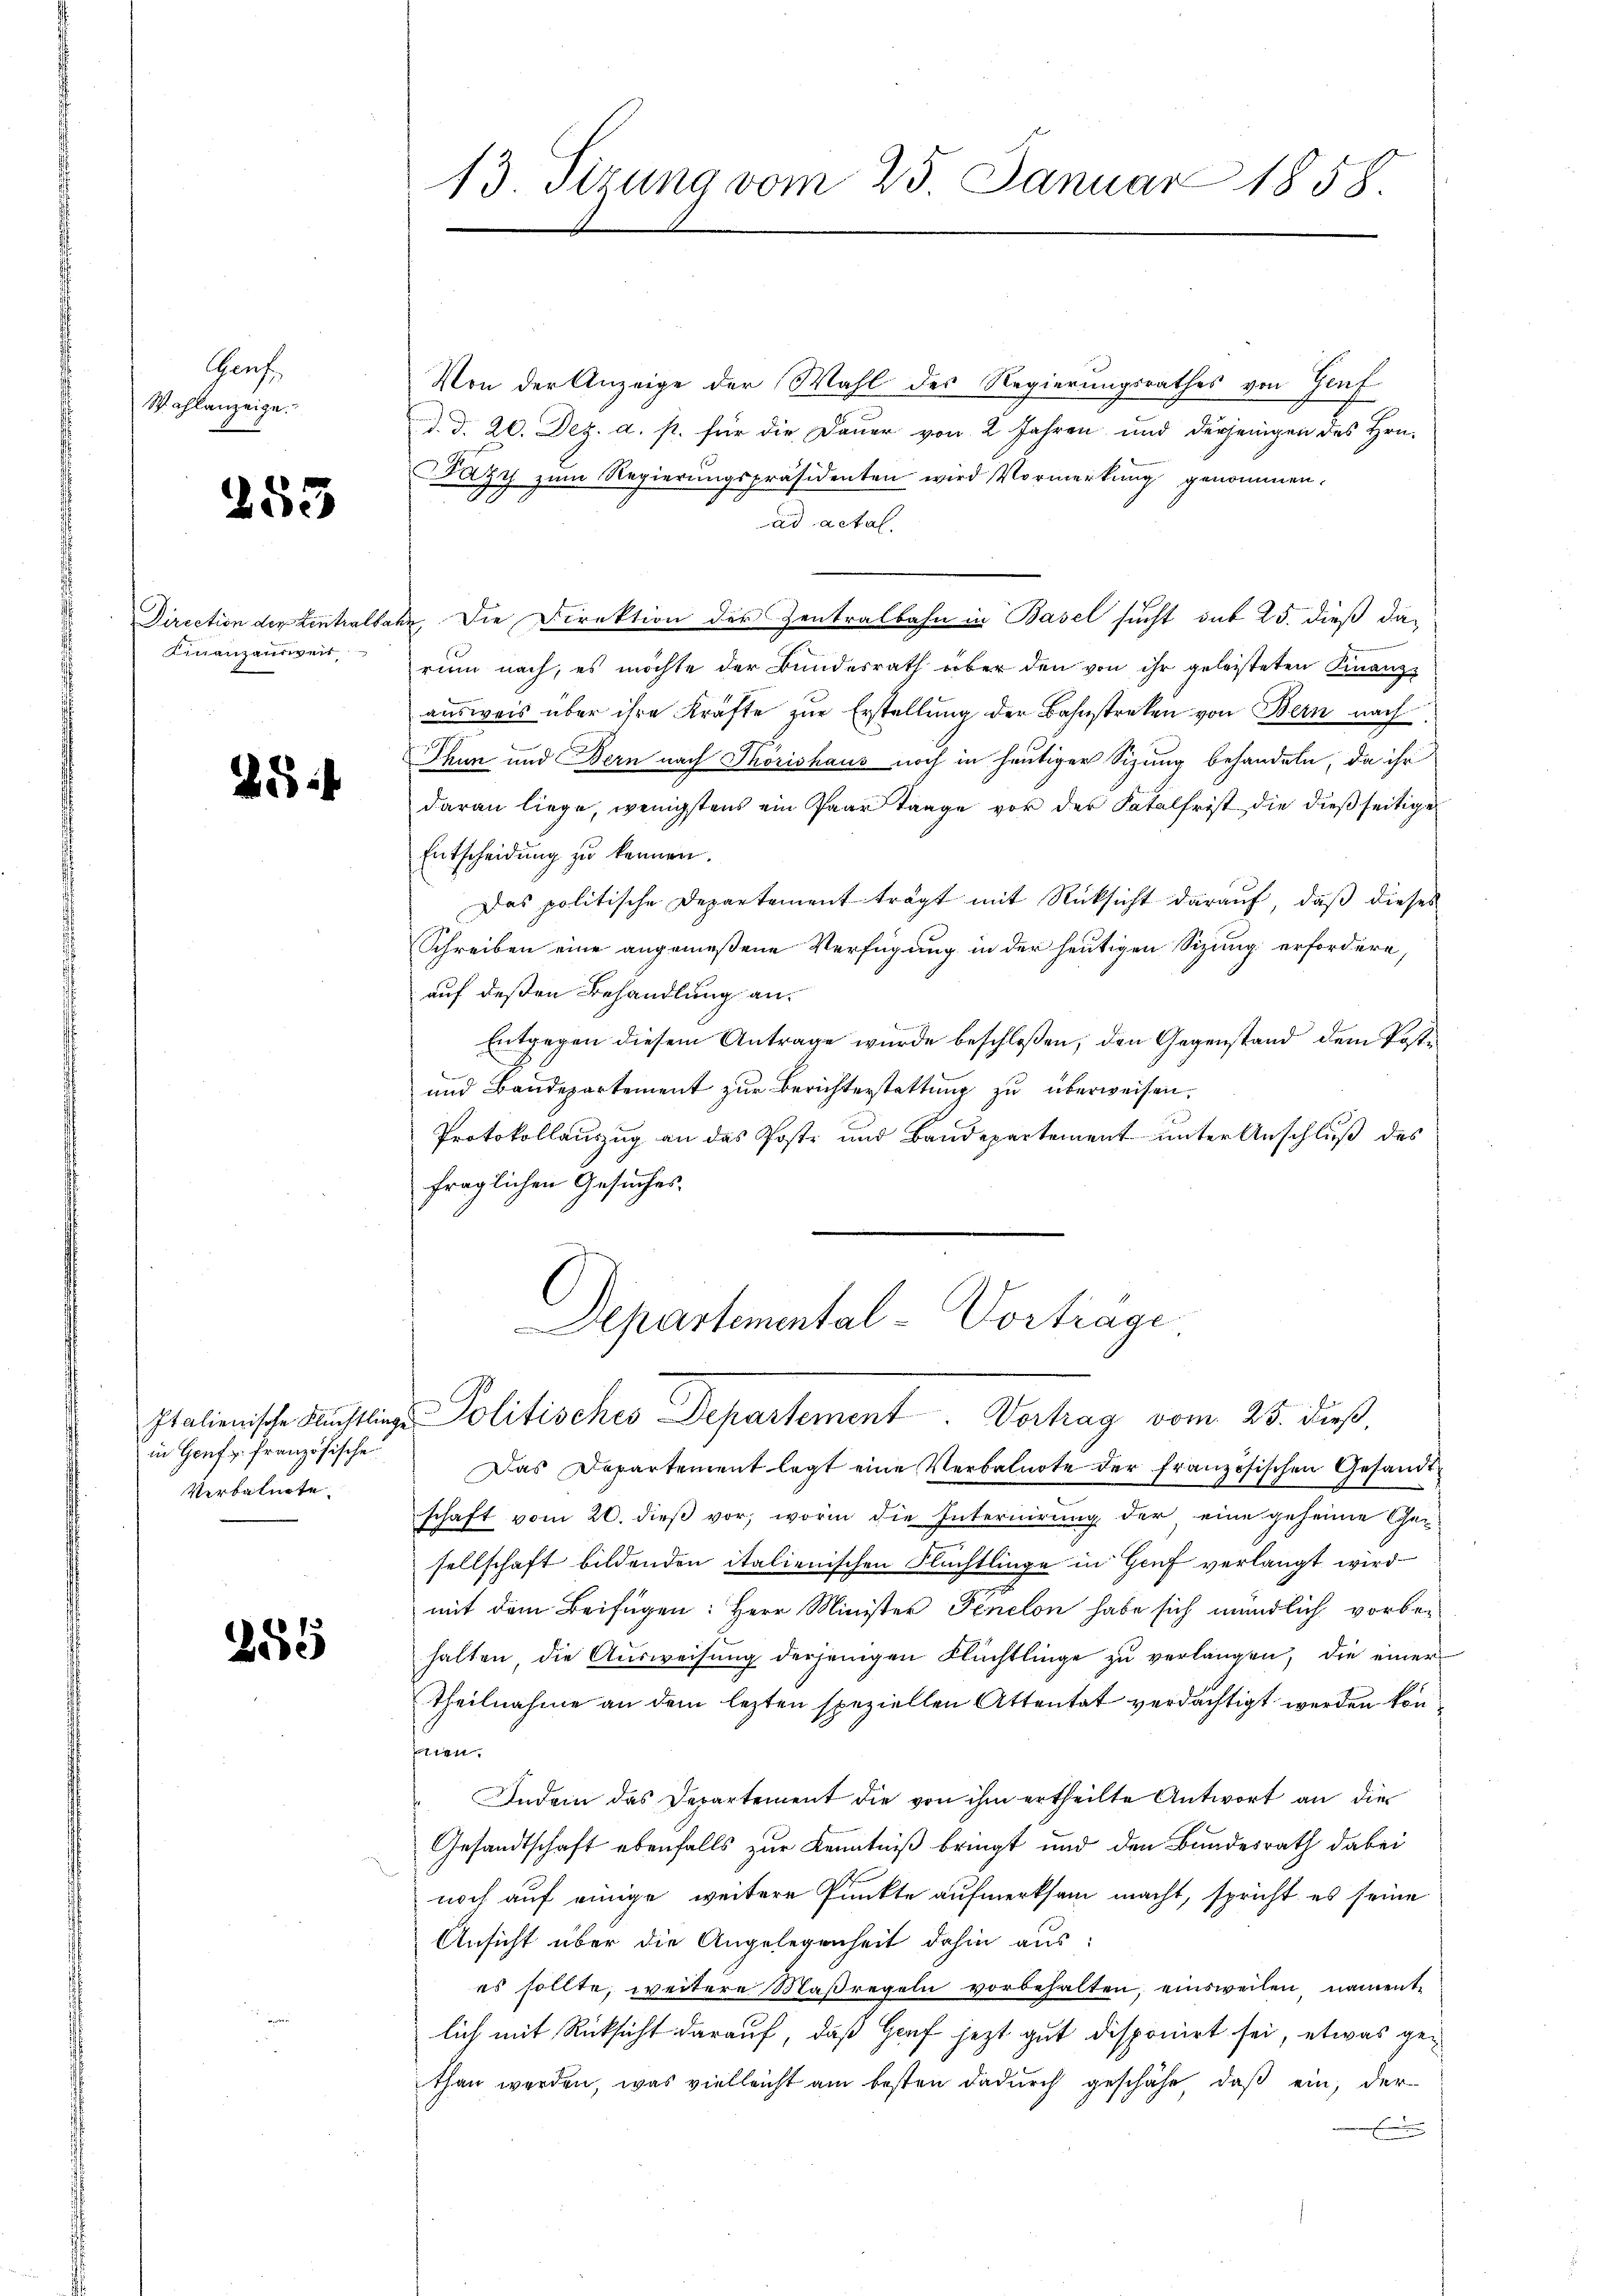
Grah
Wahlanzeige.

253

Finanzausweis

.

in Genf u. französischen
Verbalnote.

2881

Von der Anzeige der Wahl des Regierungsrathes von Genf
d. d. 20. Dez. a. p. für die Dauer von 2 Jahren und derjenigen des Hrn.
Fazy zum Regierŭngspräsidenten wird Vormerkung genommen.
ad actal.
Direction der Centralbahn, die Direktion der Zentralbahn in Basel sucht sub 25. dieß darum nach, es möchte der Bundesrath über den von ihr geleisteten Finanz-
ausweis über ihre Kräfte zur Erstellung der Bahnstreken von Bern nach
Thun und Bern nach Thörishaus noch in heutiger Sizung behandeln, da ihr
daran liege, wenigstens ein Paar trage vor der Katalfrist die dießseitige
Entscheidung zu kennen.
Das politische Departement trägt mit Rücksicht darauf, daß dieses
Schreiben eine angemeßene Verfügung in der heutigen Sizung erfordern,
auf deßen Behandlung an.
Entgegen diesem Antrage wurde beschloßen, den Gegenstand dem Post¬
und Baudepartement zur Berichterstattung zu überweisen.
Protokollauszug an das Poste und Baudepartement unter Anschluß des
fraglichen Gesuches.

13. Sizung vom 25. Januar 1858.
I

Departemental-Vortrage
Italienische Flüchtlinge Politisches Departement. Vortrag vom 25. diβ,

Das Departement legt eine Verbalnote der französischen Gesandt-
schaft vom 20. dieß vor, worin die Internirung der, eine geheime Gesellschaft bildenden italienischen Flüchtlinge in Genf verlangt wird.
mit dem Beifügen: Herr Minister Fenelon habe sich mündlich vorbehalten die Ausweisung derjenigen Flüchtlinge zu verlangen, die einer
theilnahme an dem lezten speziellen Attentat verdächtigt werden konen
Indem das Departement die von ihm ertheilte Antwort an die
Gesandtschaft ebenfalls zur Kenntniß bringt und den Bundesrath dabei
noch auf einige weitere Punkte aufmerksam macht, spricht es seine
Ansicht über die Angelegenheit dahin aus:
es sollte, weitere Maßregeln vorbehalten, einsweilen, nament-
lich mit Rücksicht darauf, daß Houf jezt gut disponirt sei, etwas gethan werden, was vielleicht am besten dadurch geschähe, daß ein, der
.